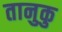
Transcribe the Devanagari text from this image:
तानुकु